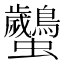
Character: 𧖠